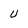
Character: U